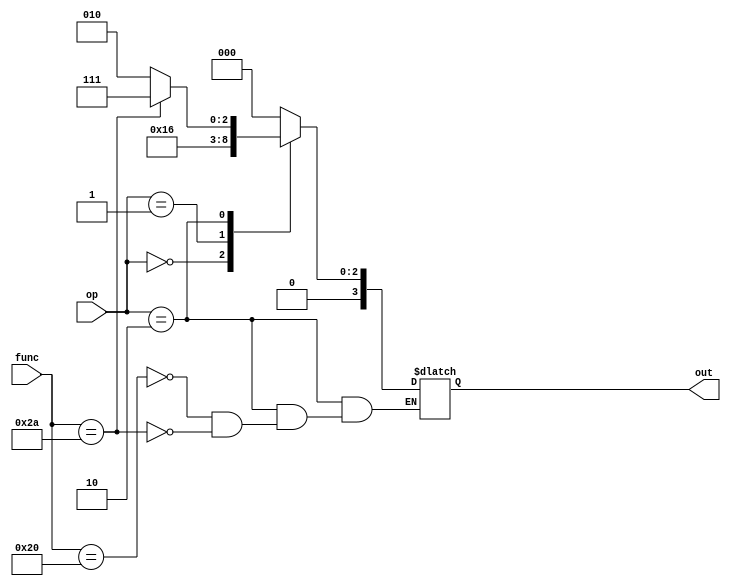
/*
 * Mark Mossberg
 * 12/5/2014
 * EECE 3324
 *
 * alu_control.v -- alu control module
 */

module alu_control (op, func, out);

input [1:0] op;
input [5:0] func;
output [3:0] out;
reg [3:0] out;

always @(op or func)
begin
    case (op)
        2'b00: out = 4'b0010; // lw, sw, addi
        2'b01: out = 4'b0110; // beq
        2'b10: // add, addi, slt
        begin
            case (func)
                6'b100000: out = 4'b0010; // add
                6'b101010: out = 4'b0111; // slt
            endcase
        end
        default:
            out = 0;
    endcase
end

endmodule